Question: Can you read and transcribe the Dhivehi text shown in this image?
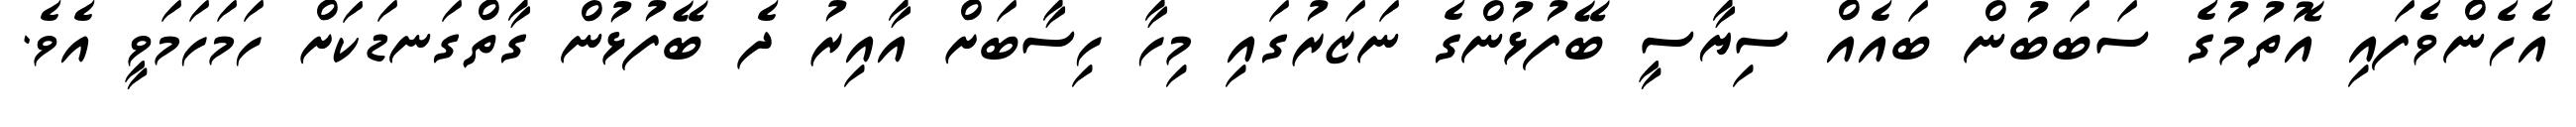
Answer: އެހެންވެފައި އޮތުމުގެ ސަބަބުން ބައެއް ސިޔާސީ ބޭފުޅުންގެ ނަޒަރުގައި މިހާ ހިސާބަށް އާއިރު ދެ ބޭފުޅުން ގާތްގަނޑަކަށް ހަމަހަމަވީ އެވެ.